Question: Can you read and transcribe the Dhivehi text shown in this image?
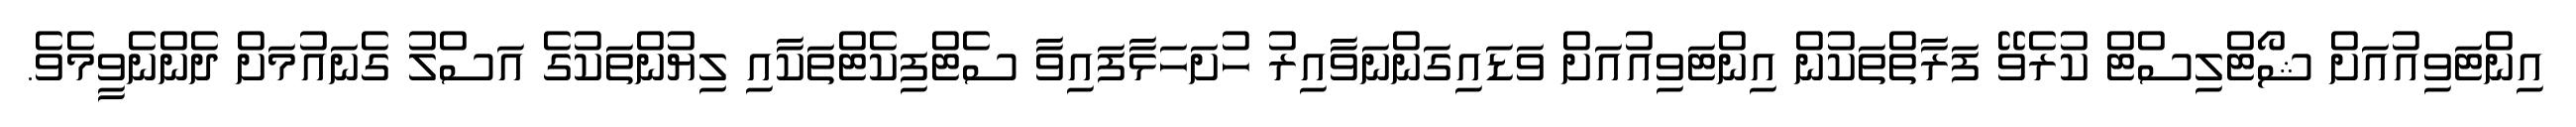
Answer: އިންޓަވިއުއަށް ޝޯޓްލިސްޓް ކުރެވޭ ފަރާތްތަކުން އިންޓަވިއުއަށް ވަޑައިގަންނަވާއިރު ހުށަހަޅާފައިވާ ސެޓްފިކެޓްތަކާއި ލިޔުންތަކުގެ އަސްލު ގެނައުމަށް ދެންނެވީމެވެ.